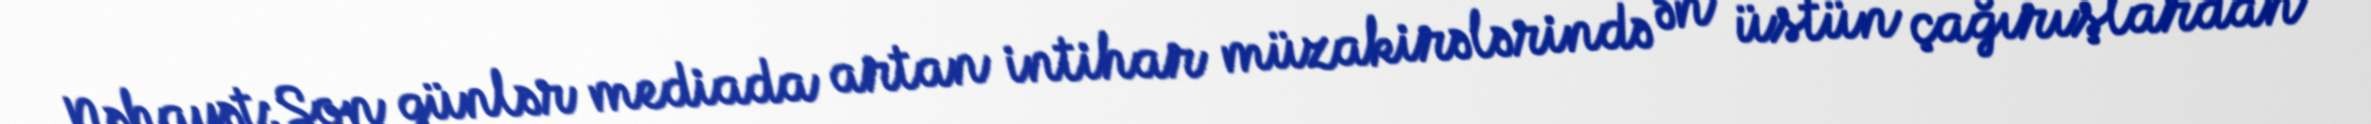
Nəhayət:Son günlər mediada artan intihar müzakirələrində ən üstün çağırışlardan